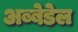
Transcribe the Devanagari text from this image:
अब्बेडेल